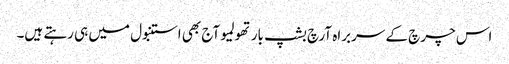
اس چرچ کے سربراہ آرچ بشپ بارتھولمیو آج بھی استنبول میں ہی رہتے ہیں۔